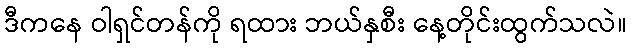
ဒီကနေ ဝါရှင်တန်ကို ရထား ဘယ်နှစီး နေ့တိုင်းထွက်သလဲ။